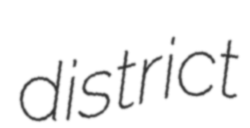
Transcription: district